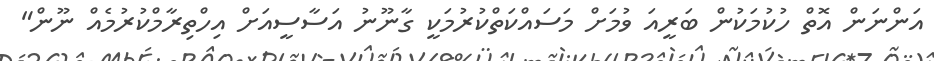
އަންނަން އޮތް ހުކުމަކުން ބަރީއަ ވުމަށް މަސައްކަތްކުރުމަކީ ގާނޫނު އަސާސީއަށް އިހްތިރާމްކުރުމެއް ނޫން"